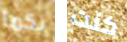
بكما كنت